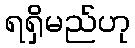
ရရှိမည်ဟု